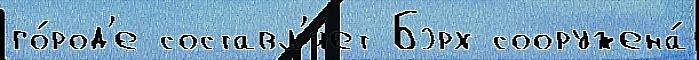
го́род'е составл'я́ет Бэрх сооружена́